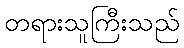
တရားသူကြီးသည်